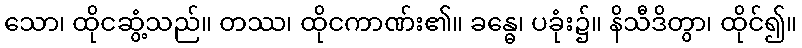
သော၊ ထိုငဆွံ့သည်။ တဿ၊ ထိုငကာဏ်း၏။ ခန္ဓေ၊ ပခုံး၌။ နိသီဒိတွာ၊ ထိုင်၍။